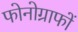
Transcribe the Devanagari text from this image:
फोनोग्राफों